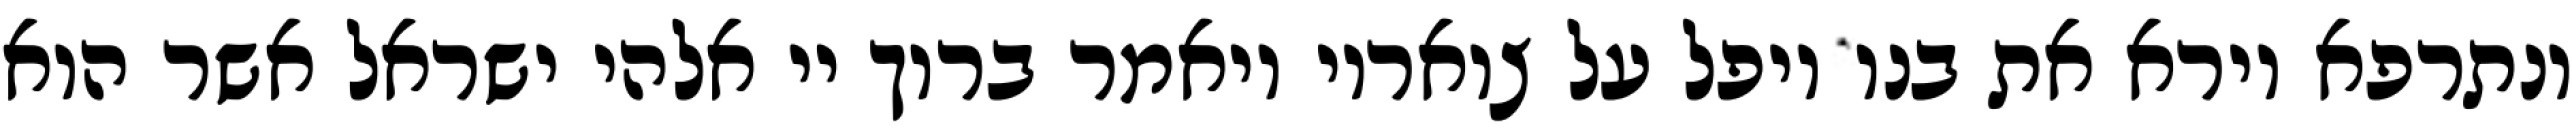
ונתרפא וירא את בנו ויפל על צואריו ויאמר ברוך יי אלהי ישראל אשר הוא